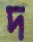
দ